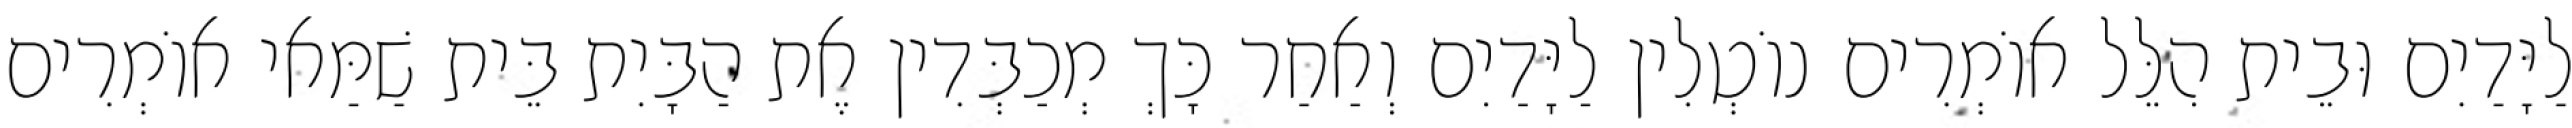
לַיָּדַיִם וּבֵית הִלֵּל אוֹמְרִים נוֹטְלִין לַיָּדַיִם וְאַחַר כָּךְ מְכַבְּדִין אֶת הַבָּיִת בֵּית שַׁמַּאי אוֹמְרִים